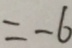
= - 6